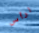
لرأس